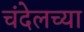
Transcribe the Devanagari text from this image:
चंदेलच्या